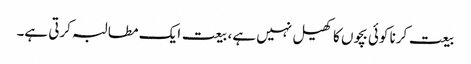
بیعت کرنا کوئی بچوں کا کھیل نہیں ہے، بیعت ایک مطالبہ کرتی ہے۔